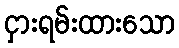
ငှားရမ်းထားသော